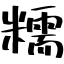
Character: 𫟀